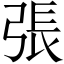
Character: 張